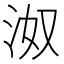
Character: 𰛝